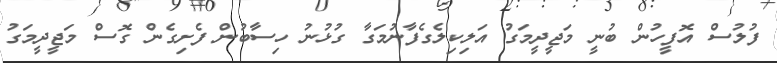
ފުލުސް އޮފީހުން ބުނީ މަޖީދީމަގު އަލިކިލެގެފާނުމަގާ ގުޅުނު ހިސާބުން ފެށިގެން ގޮސް މަޖީދީމަގު